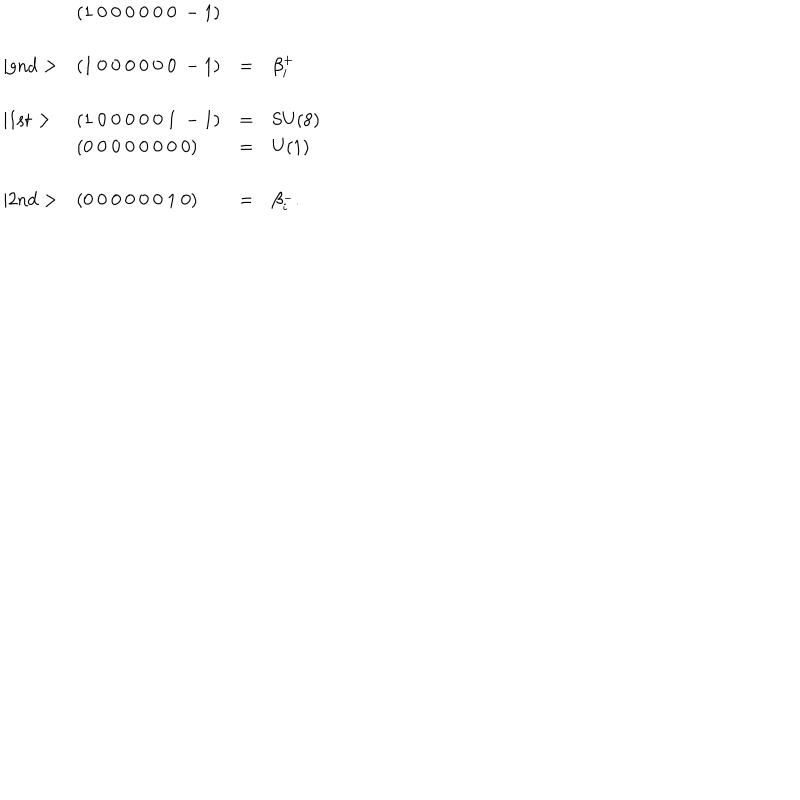
\begin{array} { l l c l } { { } } & { { ( 1 ~ 0 ~ 0 ~ 0 ~ 0 ~ 0 ~ 0 ~ - 1 ) } } & { { } } \\ { { \mid \mathrm { g n d } > } } & { { ( 1 ~ 0 ~ 0 ~ 0 ~ 0 ~ 0 ~ 0 ~ - 1 ) } } & { { = } } & { { \beta _ { i } ^ { + } } } \\ { { \mid \mathrm { 1 s t } > } } & { { ( 1 ~ 0 ~ 0 ~ 0 ~ 0 ~ 0 ~ 1 ~ - 1 ) } } & { { = } } & { { \mathrm { S U ( 8 ) } } } \\ { { } } & { { ( 0 ~ 0 ~ 0 ~ 0 ~ 0 ~ 0 ~ 0 ~ 0 ) } } & { { = } } & { { \mathrm { U ( 1 ) } } } \\ { { \mid \mathrm { 2 n d } > } } & { { ( 0 ~ 0 ~ 0 ~ 0 ~ 0 ~ 0 ~ 1 ~ 0 ) } } & { { = } } & { { \beta _ { i } ^ { - } . } } \\ \end{array}